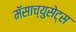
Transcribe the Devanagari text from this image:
मॅसाच्युसेट्स